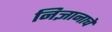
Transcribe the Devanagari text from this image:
निज्ञानाचे